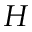
H